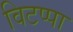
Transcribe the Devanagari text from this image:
विटप्पा